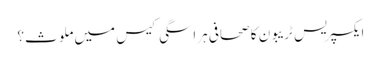
ایکسپریس ٹریبون کا صحافی ہراسگی کیس میں ملوث؟